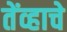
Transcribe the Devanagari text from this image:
तेंव्हाचे